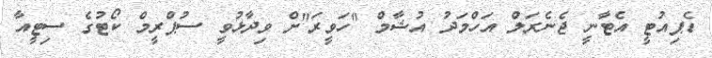
ޑެޕިއުޓީ އެޓާނީ ޖެނެރަލް އަހްމަދު އުޝާމް "ހަވީރަ"ށް ވިދާޅުވީ ސުޕްރީމް ކޯޓުގެ ސިޓީއާ